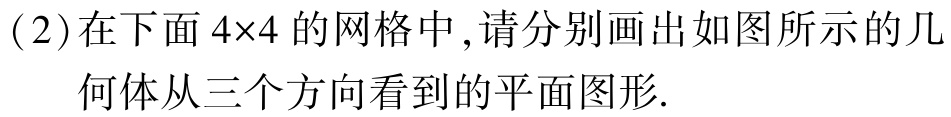
(2)在下面 \(4\times4\) 的网格中,请分别画出如图所示的几何体从三个方向看到的平面图形.